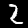
Label: 2